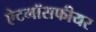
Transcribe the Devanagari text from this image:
ऐटमॉसफीयर